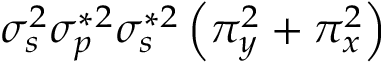
\sigma _ { s } ^ { 2 } \sigma _ { p } ^ { * 2 } \sigma _ { s } ^ { * 2 } \left( \pi _ { y } ^ { 2 } + \pi _ { x } ^ { 2 } \right)